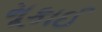
મૂકાઈ